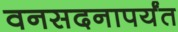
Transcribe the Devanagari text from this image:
वनसदनापर्यंत